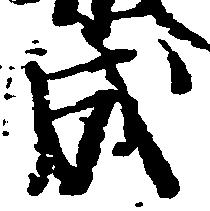
成